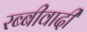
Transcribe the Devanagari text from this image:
रब्बीवादी